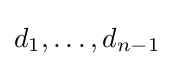
d_{1},\ldots ,d_{n-1}